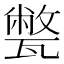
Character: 𤮕